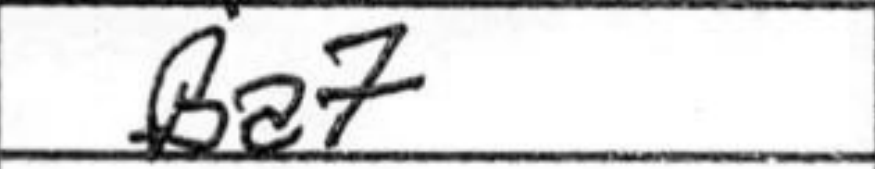
Transcription: Ba7